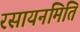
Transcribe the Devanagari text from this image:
रसायनमिति